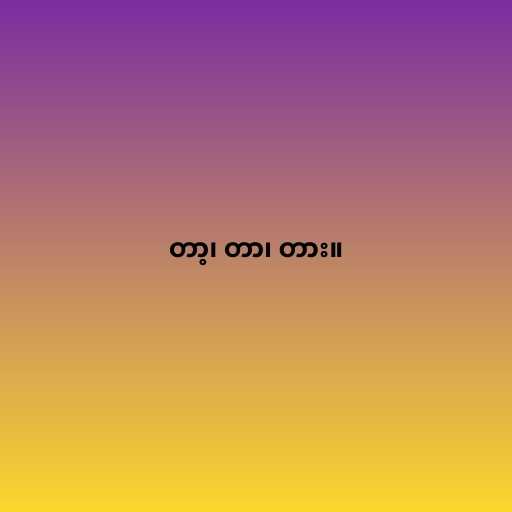
တာ့၊ တာ၊ တား။